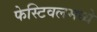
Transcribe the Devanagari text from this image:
फेस्टिवलमध्ये